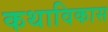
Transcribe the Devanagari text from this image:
कथाविकास